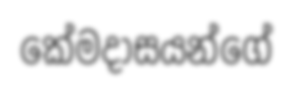
කේමදාසයන්ගේ